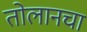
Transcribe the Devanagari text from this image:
तोलानचा